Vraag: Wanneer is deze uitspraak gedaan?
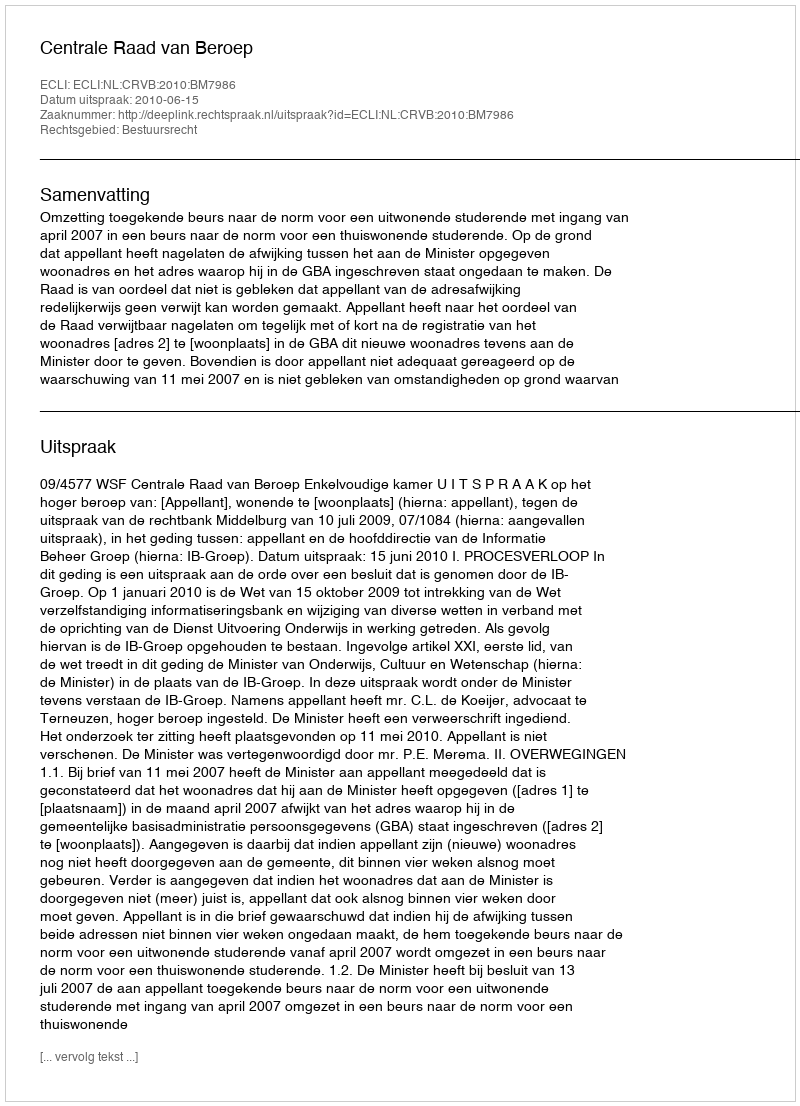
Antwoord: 2010-06-15